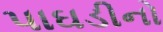
પાઘડીનો